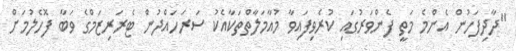
"ދާދިފަހުން އެންމެ މަތީ ފެންވަރުގައި ކުރެވިފައިވާ މުއާމަލާތްތަކާއެކު ސަރަހައްދުން ޓެރަރިޒަމްގެ ވަބާ ފޮހެލުމަށް